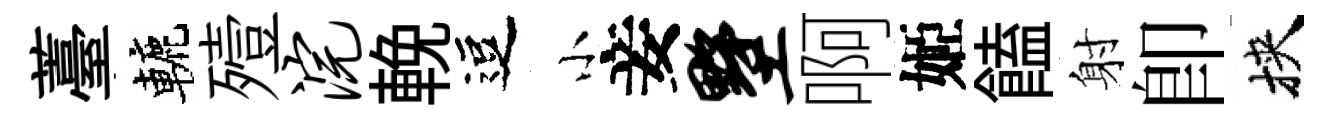
薹轆殪浣輓逗小妾墅啊姬饁射即挾